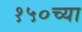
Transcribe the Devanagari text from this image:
१५०च्या